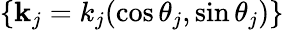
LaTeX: \{ \mathbf{k}_{j}=k_{j}(\cos\theta_{j},\sin\theta_{j})\}